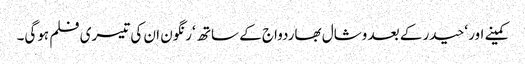
کمینے اور ‘حیدر کے بعد وشال بھاردواج کے ساتھ ‘رنگون ان کی تیسری فلم ہوگی۔